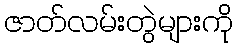
ဇာတ်လမ်းတွဲများကို